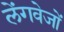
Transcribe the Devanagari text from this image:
लेंगवेजों